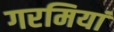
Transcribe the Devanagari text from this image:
गरमियां